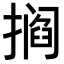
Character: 𫾁